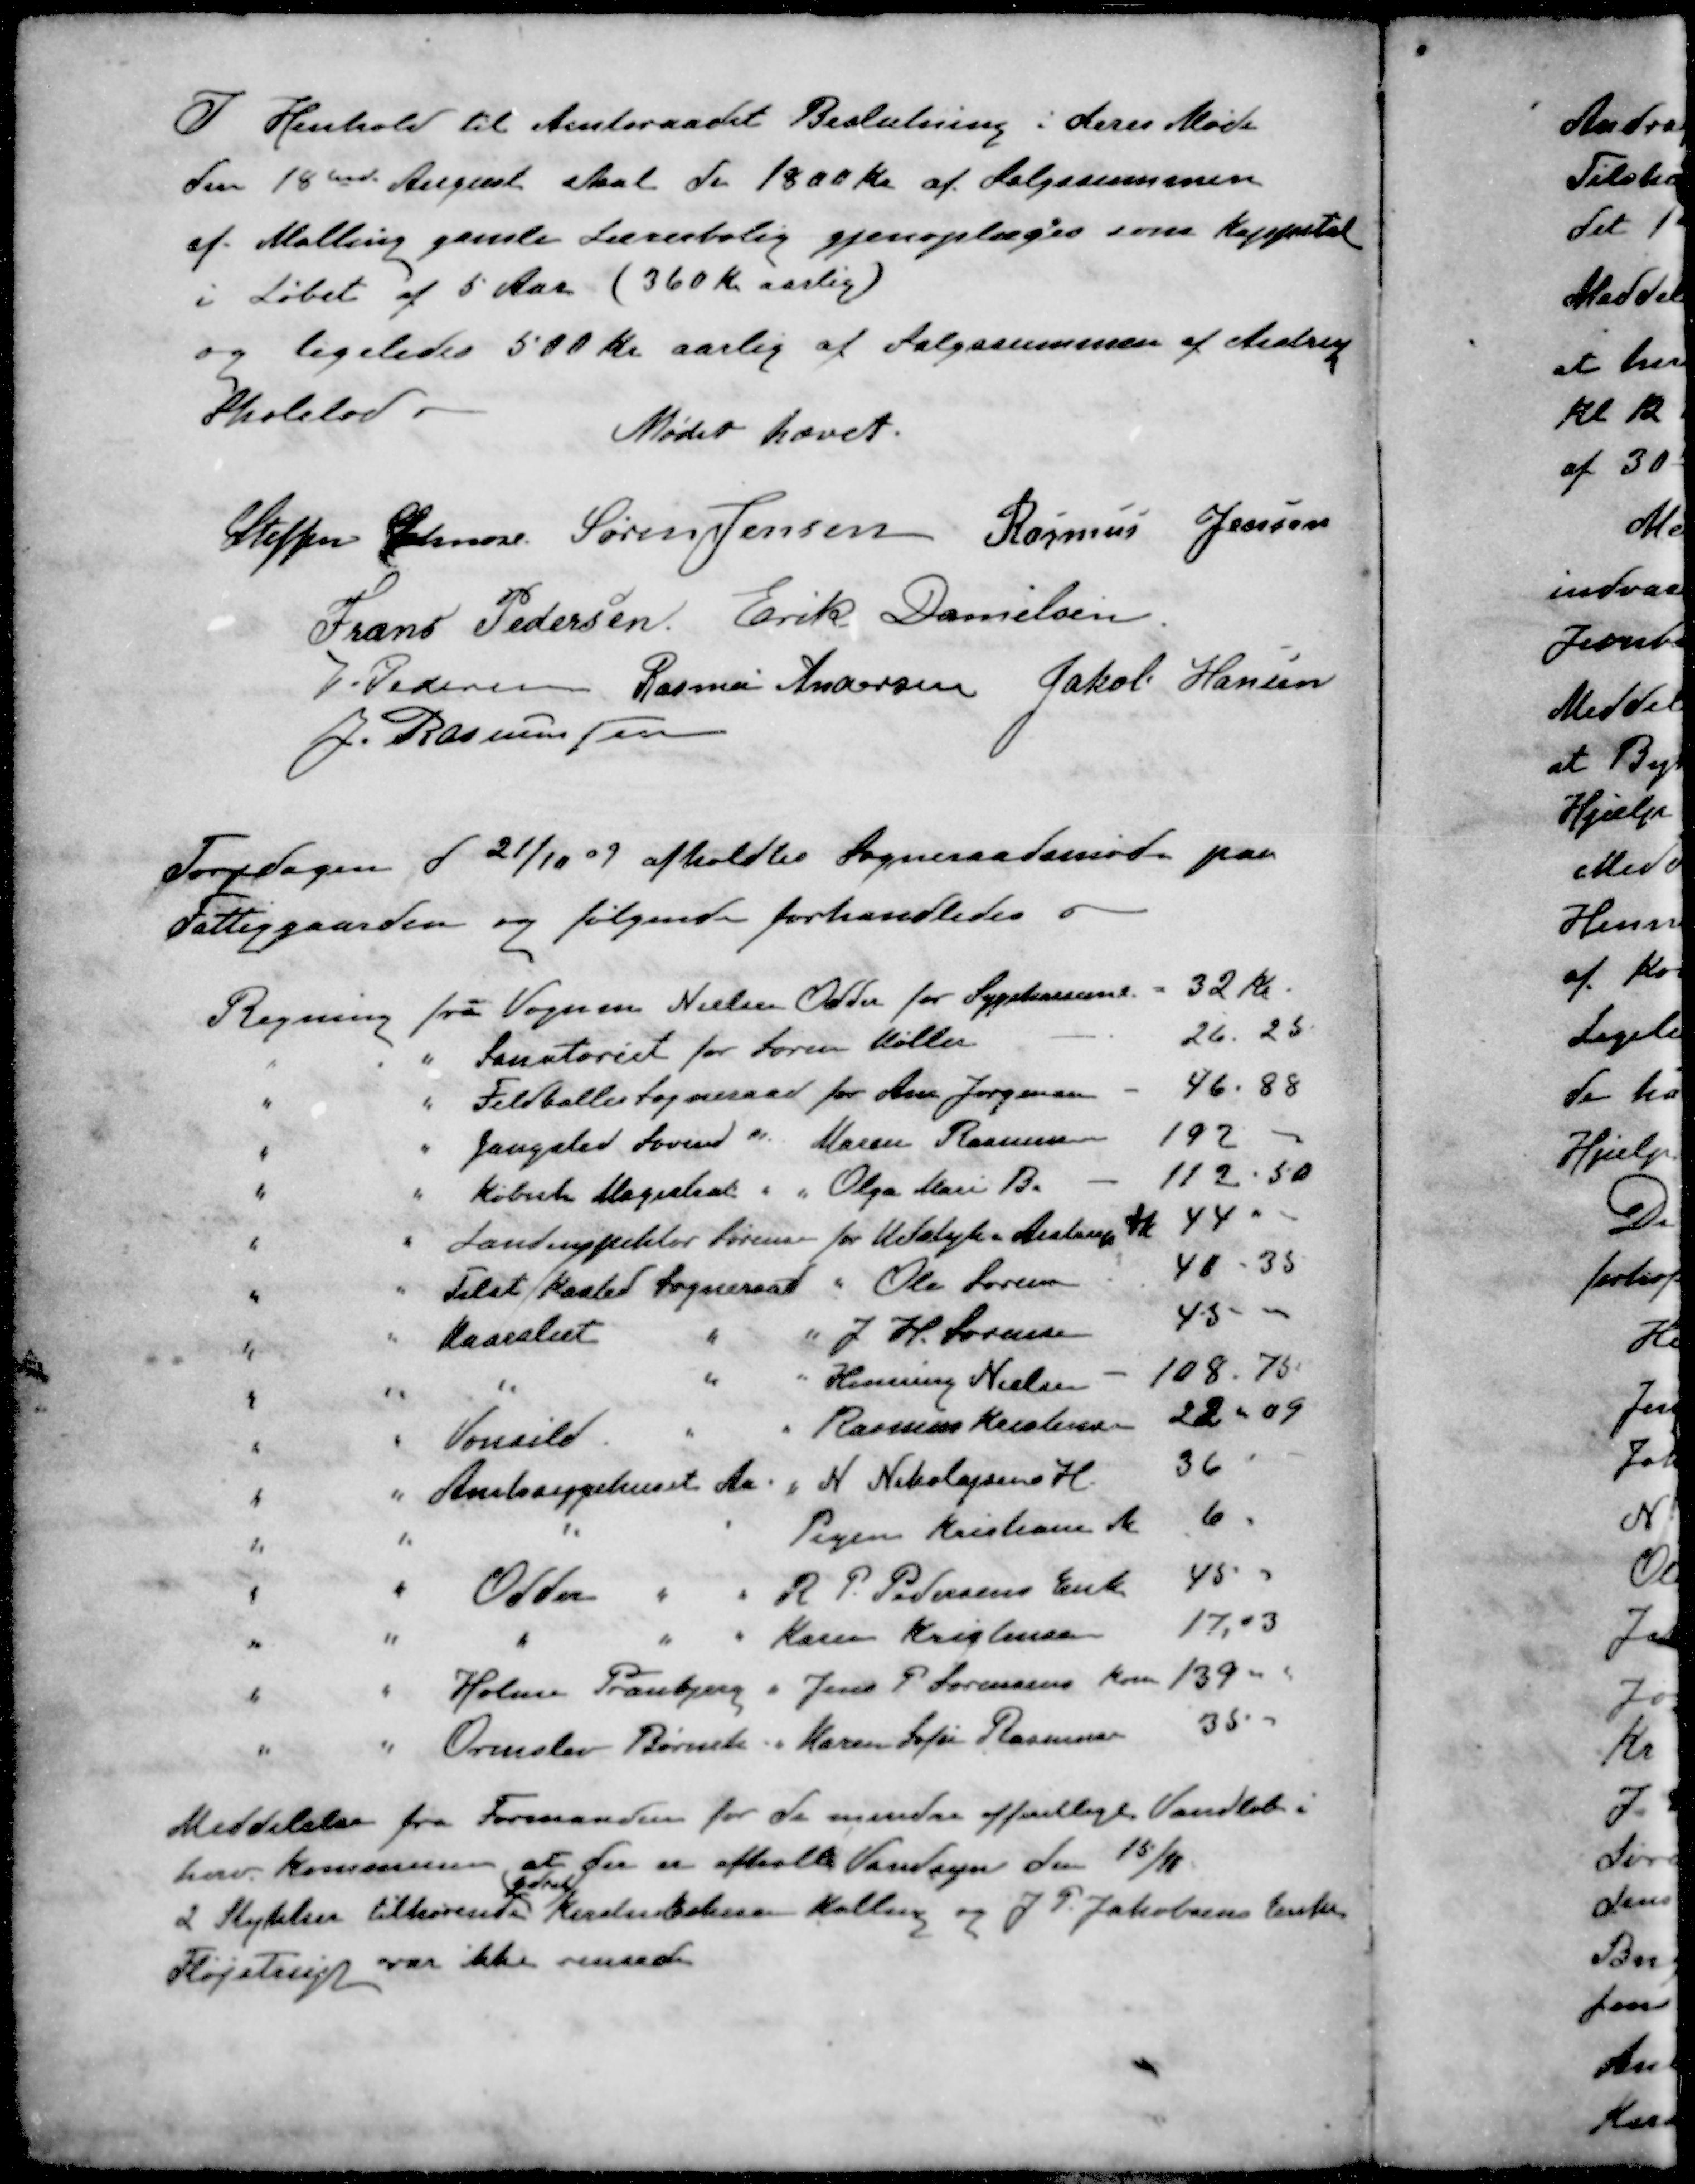
Transskription:
I Henhold til Amtsraadet Beslutning i deres Møde
den 18ende August skal de 1800 kr af Salgssummen
af Malling gamle Lærerbolig gjenoplæges som Kappital
i Løbet af 5 Aar (360 Kr aarlig)
og ligeledes 500 Kr aarlig af Salgssummen af Aistrup
Skolelod.
Mødet hævet.
Steffen Elmose
Søren Jensen
Rasmus Jensen
Frans Pedersen
Erik Danielsen
J Pedersen
Rasmus Andersen
Jakob Hansen
J. Rasmussen -
Torsdagen d 21/10 09 afholdtes Sogneraadsmøde paa
Fattiggaarden og følgende forhandledes
Regning fra Vognm Nielsen Odder for Sygekasserne
32 Kr.
" " Sanatoriet for Søren Møller
26.25
" " Feldballes Sogneraad for Ane Jørgensen
46.88
" " Gangsted Søvind " Maren Rasmussen
192 -
" " Københ Magistrat " " Olga Mari B.
112.50
" " Landinspektør Sørensen for Udstyk- Aistrup Sk
44 "
" " Tilst Kasted Sogneraad " Ole Larsen
40 - 35
" " Maarslet " " J. H. Sørensen
45-
" " " " " Henning Nielsen
108,75
" " Vonsild " " Rasmus Kristensen
22-09
" " Amtssygehuset Aa " N. Nikolajsens H.
36
" " " " Pigen Kristiane M
6
" " Odder " " R. P. Pedersens Enke
45
" " " " " Karen Kristensen
17,03
" " Holme Tranbjerg " Jens P. Sørensens Kone
139 -
" " Ormslev Børneh " Karen Sofie Rasmussen
35 -
Meddelelse fra Formanden for de mindre offentlige Vandløb i
herv. Kommune at der er afholdt Vandsyn den 15/11.
2 Stykker tilhørende Kirsten Eskesen Malling og J. P. Jakobsens Enke
Fløjstrup var ikke renset